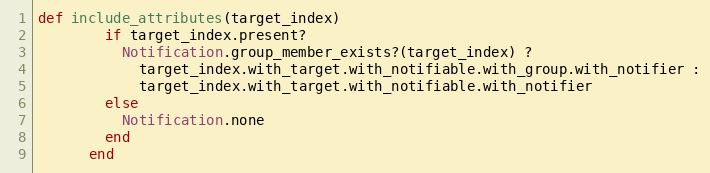
Language: Ruby
def include_attributes(target_index)
        if target_index.present?
          Notification.group_member_exists?(target_index) ?
            target_index.with_target.with_notifiable.with_group.with_notifier :
            target_index.with_target.with_notifiable.with_notifier
        else
          Notification.none
        end
      end